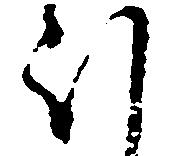
ほ